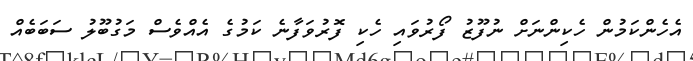
އެހެންކަމުން ހެކިންނަށް ނުފޫޒު ފޯރުވައި ހެކި ފޮރުވަފާނެ ކަމުގެ އެއްވެސް މަގުބޫލު ސަބަބެއް